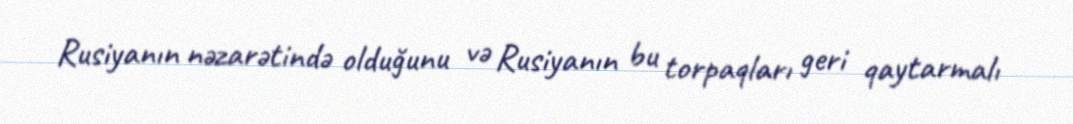
Rusiyanın nəzarətində olduğunu və Rusiyanın bu torpaqları geri qaytarmalı